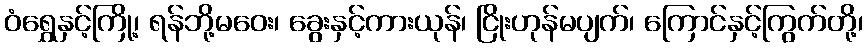
ဝံရွှေနှင့်ကြို့၊ ရန်ဘို့မဝေး၊ ခွေးနှင့်ကားယုန်၊ ငြိုးဟုန်မပျက်၊ ကြောင်နှင့်ကြွက်တို့၊